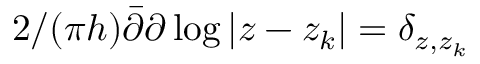
2 / ( \pi h ) \bar { \partial } \partial \log | z - z _ { k } | = \delta _ { z , z _ { k } }